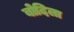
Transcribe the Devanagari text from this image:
बोदिला